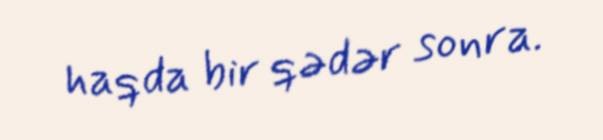
haqda bir qədər sonra.